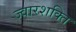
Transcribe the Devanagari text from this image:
ज्वारशक्ति